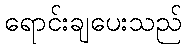
ရောင်းချပေးသည်